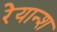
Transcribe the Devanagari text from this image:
रेयान्श